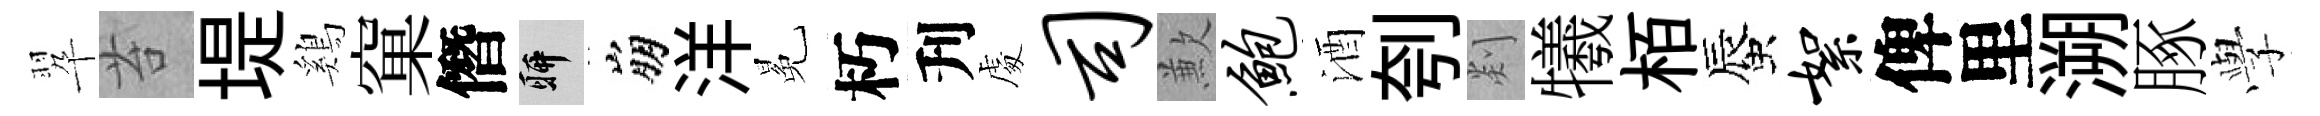
翆苔堤鷄窠僭聊崩洋冕朽刋䖏司歉鲍酒刳剡犧栢蜃絮俾里溯䐁𫝯